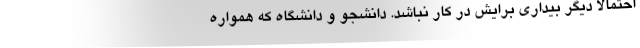
احتمالا دیگر بیداری برایش در کار نباشد. دانشجو و دانشگاه که همواره